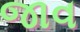
જાવ